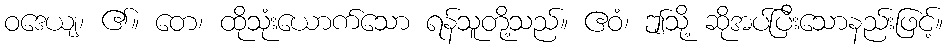
ဝဒေယျ၊ ၏။ တေ၊ ထိုသုံးယောက်သော ရန်သူတို့သည်။ ဧဝံ၊ ဤသို့ ဆိုအပ်ပြီးသောနည်းဖြင့်။